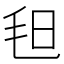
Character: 𣬰